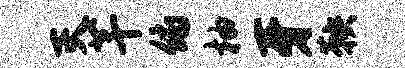
灭芊俯柚牙鞅